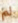
لم